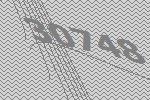
30748